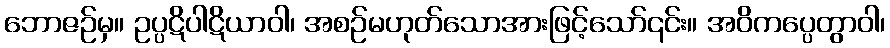
ဘောဇဉ်မှ။ ဥပ္ပဋိပါဋိယာဝါ၊ အစဉ်မဟုတ်သောအားဖြင့်သော်၎င်း။ အဝိကပ္ပေတွာဝါ၊